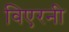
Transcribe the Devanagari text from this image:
विएरनी